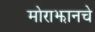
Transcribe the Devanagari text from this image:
मोराझानचे